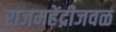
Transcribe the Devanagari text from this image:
राजमहेंद्रीजवळ